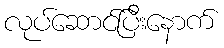
လုပ်ဆောင်ပြီးနောက်